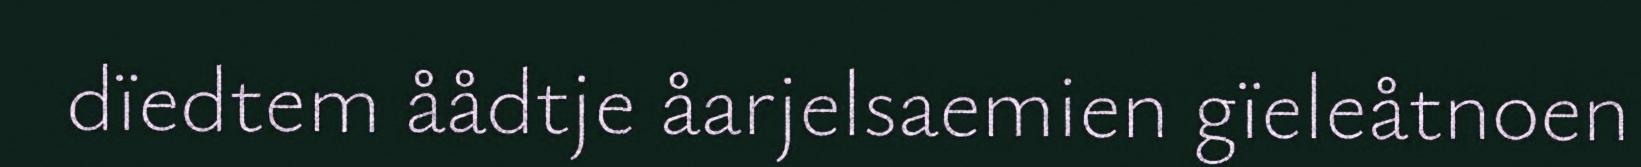
dïedtem åådtje åarjelsaemien gïeleåtnoen